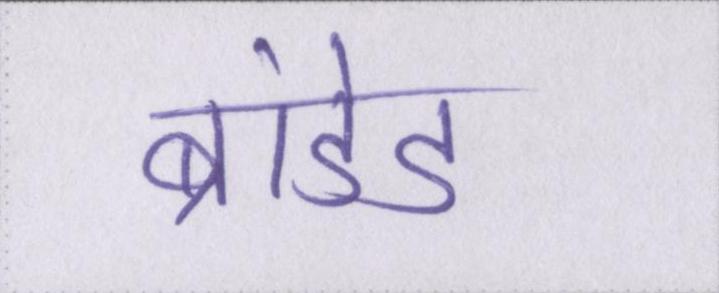
ब्रांडेड